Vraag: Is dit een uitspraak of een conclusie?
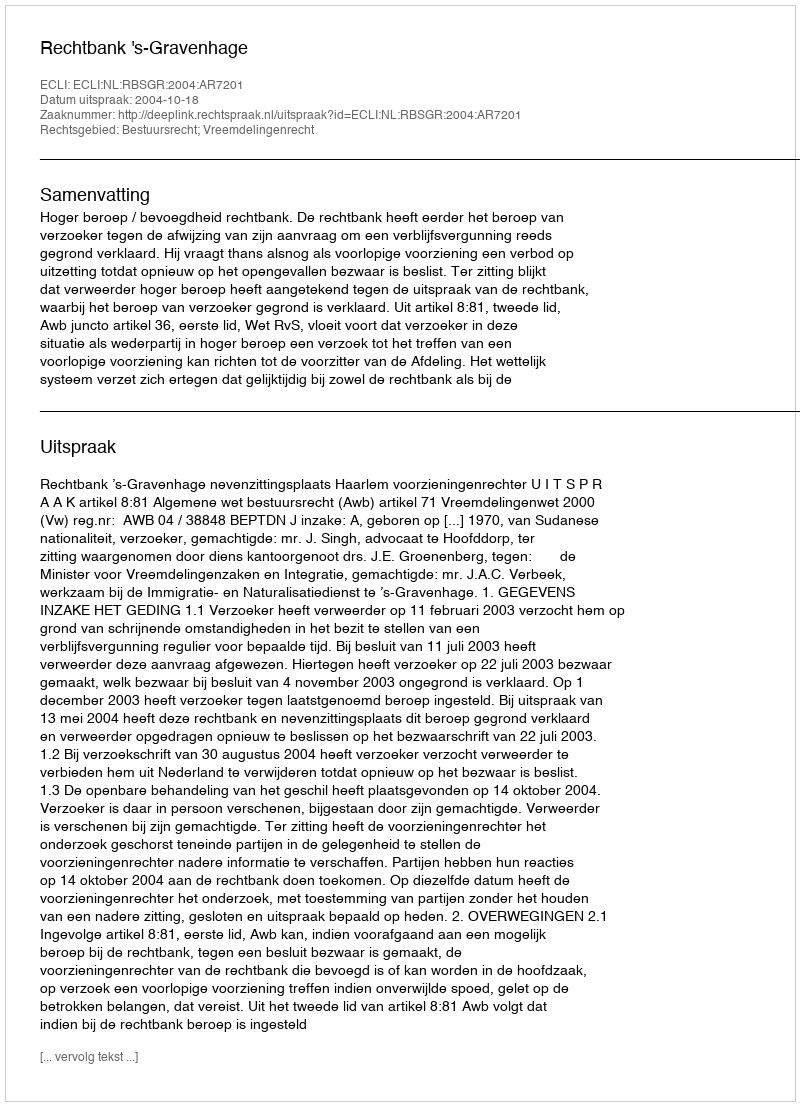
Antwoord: Uitspraak